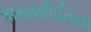
કાસાલપિનિયા